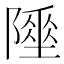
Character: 𨼦